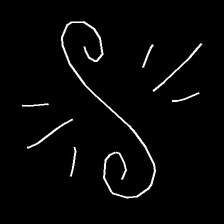
Glyph: wind-directs-air